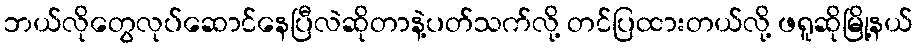
ဘယ်လိုတွေလုပ်ဆောင်နေပြီလဲဆိုတာနဲ့ပတ်သက်လို့ တင်ပြထားတယ်လို့ ဖရူဆိုမြို့နယ်